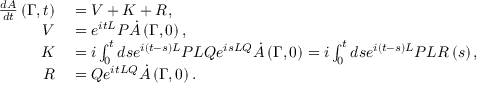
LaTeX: \begin{array} { r l } { { \frac { d A } { d t } } \left( \Gamma , t \right) } & { { } = V + K + R , } \\ { V } & { { } = e ^ { i t L } P { \dot { A } } \left( \Gamma , 0 \right) , } \\ { K } & { { } = i \int _ { 0 } ^ { t } d s e ^ { i \left( t - s \right) L } P L Q e ^ { i s L Q } { \dot { A } } \left( \Gamma , 0 \right) = i \int _ { 0 } ^ { t } d s e ^ { i \left( t - s \right) L } P L R \left( s \right) , } \\ { R } & { { } = Q e ^ { i t L Q } { \dot { A } } \left( \Gamma , 0 \right) . } \end{array}